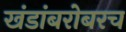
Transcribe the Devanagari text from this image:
खंडांबरोबरच